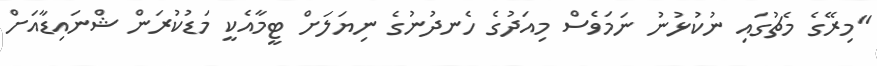
"މިރޭގެ މެޗުގައި ނުކުޅުނު ނަމަވެސް މިއަދުގެ ހެނދުނުގެ ނިޔަލަށް ޓީމާއެކީ މަޑުކުރަން ޝްނައިޑާއަށް